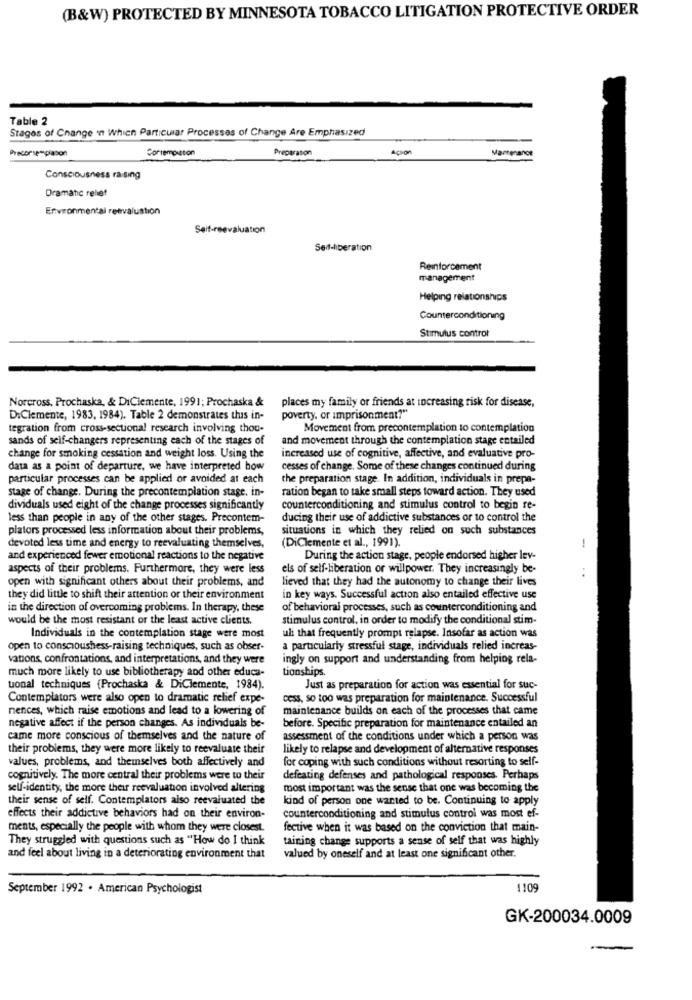
(B&W) PROTECTED BY MINNESOTA TOBACCO LITIGATION PROTECTIVE ORDER
Table 2
Stages of Change in Which Particular Processes of Change Are Emphasized
Precorsempiacon
Corrempiston
Preparation
Acson
Mantener
Consciousness raising
Dramatic relief
Environmental reevaluation
Seit-reevaluation
Reinforcement
management
Helping relationships
Counterconditioning
Stimulus control
Norcross, Prochaska, & DiClemente, 1991; Prochaska &
places my family or friends at increasing risk for disease,
D:Clemente, 1983, 1984). Table 2 demonstrates this in-
poverty. or imprisonment?"
tegration from cross-sectional research involving thou-
Movement from precontemplation to contemplation
sands of seif-changers representing each of the stages of
and movement through the contemplation stage entailed
change for smoking cessation and weight loss. Using the
increased use of cognitive, affective, and evaluative pro-
data as a point of departure, we have interpreted how
cesses of change. Some of these changes continued during
particular processes can be applied or avoided at each
the preparation stage. In addition, individuals in prepa-
stage of change. During the precontemplation stage, in-
ration began to take small steps toward action. They used
dividuals used eight of the change processes significantly
counterconditioning and stimulus control to begin re-
less than people in any of the other stages. Precontem-
ducing their use of addictive substances or to control the
plators processed less information about their problems,
situations in which they relied on such substances
(DiClemente et al ., 1991).
devoted less time and energy to reevaluating themselves,
and experienced fewer emotional reactions to the negative
During the action stage, people endorsed higher lev-
aspects of their problems. Furthermore, they were less
els of self-liberation or willpower. They increasingly be-
-...
open with significant others about their problems, and
lieved that they had the autonomy to change their lives
they did little to shift their attention or their environment
in key ways. Successful action also entailed effective use
in the direction of overcoming problems. In therapy, these
of behavioral processes, such as counterconditioning and
would be the most resistant or the least active clients.
stimulus control, in order to modify the conditional stim-
Individuals in the contemplation stage were most
uli that frequently prompt relapse. Insofar as action was
open to conscioushess-raising techniques, such as obser-
a particularly stressful stage, individuals relied increas-
vations, confrontations, and interpretations, and they were
ingly on support and understanding from helping rela-
much more likely to use bibliotherapy and other educa-
tionships.
tonal techniques (Prochaska & DiClemente, 1984).
Just as preparation for action was essential for suc-
Contemplators were also open to dramatic relief expe-
cess, so too was preparation for maintenance. Successful
nences, which raise emotions and lead to a lowering of
maintenance builds on each of the processes that came
negative affect if the person changes. As individuals be-
before. Specific preparation for maintenance entailed an
came more conscious of themselves and the nature of
assessment of the conditions under which a person was
their problems, they were more likely to reevaluate their
likely to relapse and development of alternative responses
values, problems, and themselves both affectively and
for coping with such conditions without resorting to self-
cognitively. The more central their problems were to their
defeating defenses and pathological responses. Perhaps
self-identity, the more their reevaluation involved altering
most important was the sense that one was becoming the
their sense of self. Contemplators also reevaluated the
kind of person one wanted to be. Continuing to apply
effects their addictive behaviors had on their environ-
counterconditioning and stimulus controi was most ef-
ments, especially the people with whom they were closest.
fective when it was based on the conviction that main-
They struggled with questions such as "How do I think
taining change supports a sense of self that was highly
and feel about living in a deteriorating environment that
valued by oneself and at least one significant other.
September 1992 . American Psychologist
1109
GK-200034.0009